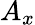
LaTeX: A_{x}